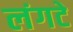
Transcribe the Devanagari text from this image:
लंगटे